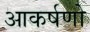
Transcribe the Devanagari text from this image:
आकर्षणो